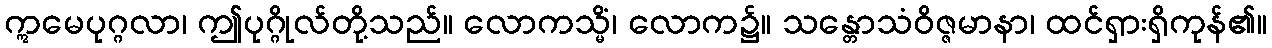
ဣမေပုဂ္ဂလာ၊ ဤပုဂ္ဂိုလ်တို့သည်။ လောကသ္မိံ၊ လောက၌။ သန္တောသံဝိဇ္ဇမာနာ၊ ထင်ရှားရှိကုန်၏။